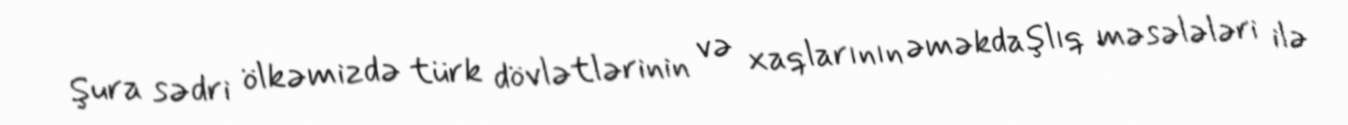
Şura sədri ölkəmizdə türk dövlətlərinin və xaqlarının əməkdaşlıq məsələləri ilə